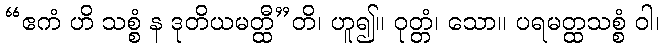
“ဧကံ ဟိ သစ္စံ န ဒုတိယမတ္ထီ”တိ၊ ဟူ၍။ ဝုတ္တံ၊ သော။ ပရမတ္ထသစ္စံ ဝါ၊